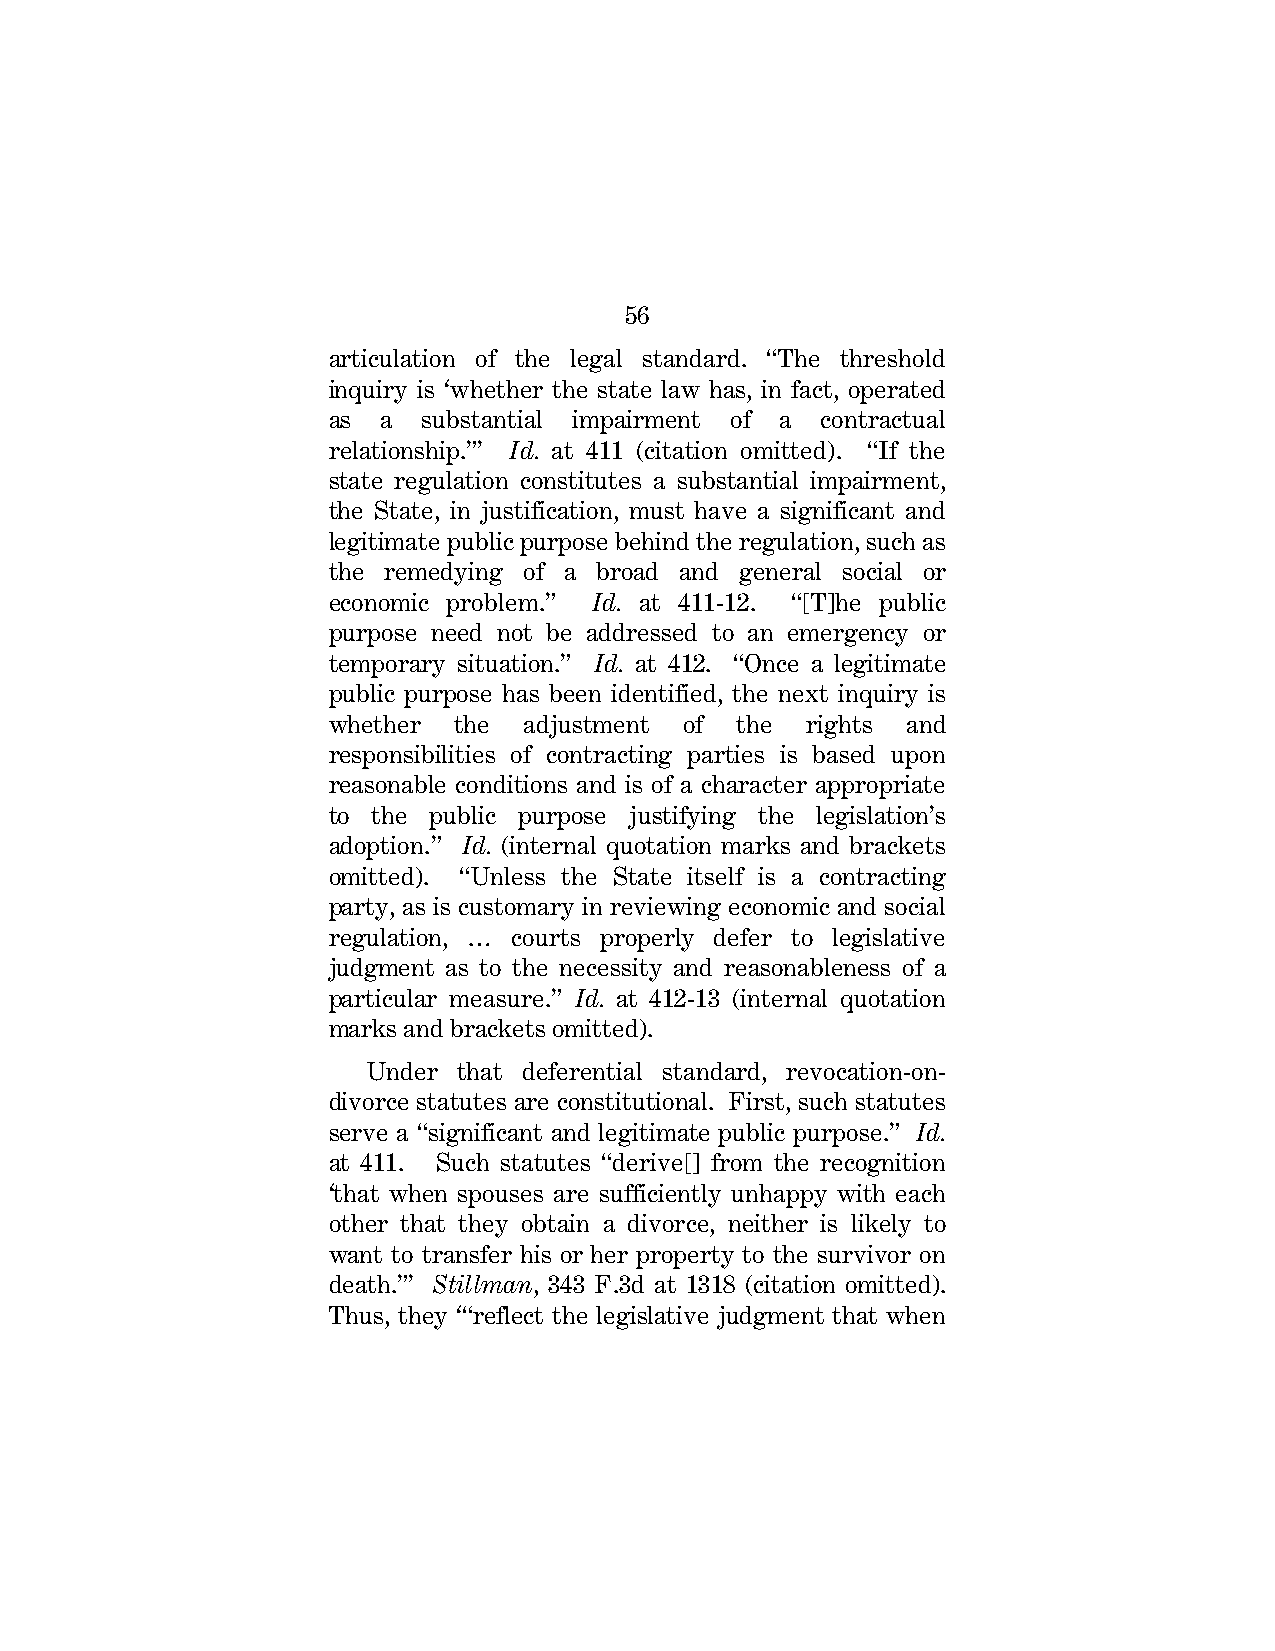
56
 articulation of the legal standard. “The threshold
 inquiry is ‘whether the state law has, in fact, operated
 as a  substantial impairment of a contractual
 relationship.”’ Id. at 411 (citation omitted). “If the
 state regulation constitutes a substantial impairment,
 the State, in justification, must have a significant and
 legitimate public purpose behind the regulation, such as
 the remedying of a broad and general social or
 economic problem.” Id. at 411-12. “[T]he public
 purpose need not be addressed to an emergency or
 temporary situation.” Id. at 412. “Once a legitimate
 public purpose has been identified, the next inquiry is
 whether the  adjustment of the rights and
 responsibilities of contracting parties is based upon
 reasonable conditions and is of a character appropriate
 to the public purpose justifying the legislation’s
 adoption.” Id. (internal quotation marks and brackets
 omitted). “Unless the State itself is a contracting
 party, as is customary in reviewing economic and social
 regulation, … courts properly defer to legislative
 judgment as to the necessity and reasonableness of a
 particular measure.” Id. at 412-13 (internal quotation
 marks and brackets omitted).
 Under that deferential standard, revocation-on-
 divorce statutes are constitutional. First, such statutes
 serve a “significant and legitimate public purpose.” Id.
 at 411. Such statutes “derive[] from the recognition
 ‘that when spouses are sufficiently unhappy with each
 other that they obtain a divorce, neither is likely to
 want to transfer his or her property to the survivor on
 death.”’ Stillman, 343 F.3d at 1318 (citation omitted).
 Thus, they ‘“reflect the legislative judgment that when